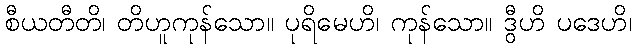
စီယတီတိ၊ တိဟူကုန်သော။ ပုရိမေဟိ၊ ကုန်သော။ ဒွီဟိ ပဒေဟိ၊